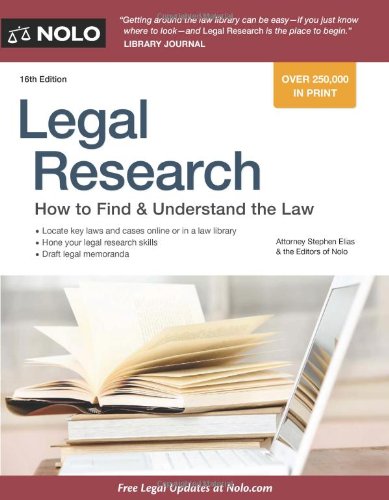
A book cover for Legal Research: How to Find & Understand the Law; Stephen Elias; Law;